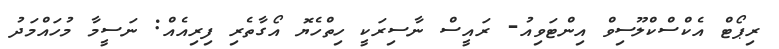
ރިޕޯޓް އެކްސްކްލޫސިވް އިންޓަވިއު- ރައީސް ނާސިރަކީ ހިތްހެޔޮ އޯގާތެރި ފިރިއެއް: ނަސީމާ މުހައްމަދު